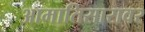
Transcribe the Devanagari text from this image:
आमातिसारावर